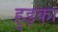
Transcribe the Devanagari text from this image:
हुड्का